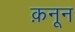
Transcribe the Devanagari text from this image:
क़नून